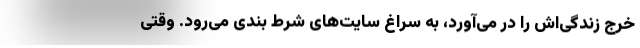
خرج زندگی‌اش را در می‌آورد، به سراغ سایت‌های شرط بندی می‌رود. وقتی